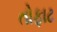
તોફાટ